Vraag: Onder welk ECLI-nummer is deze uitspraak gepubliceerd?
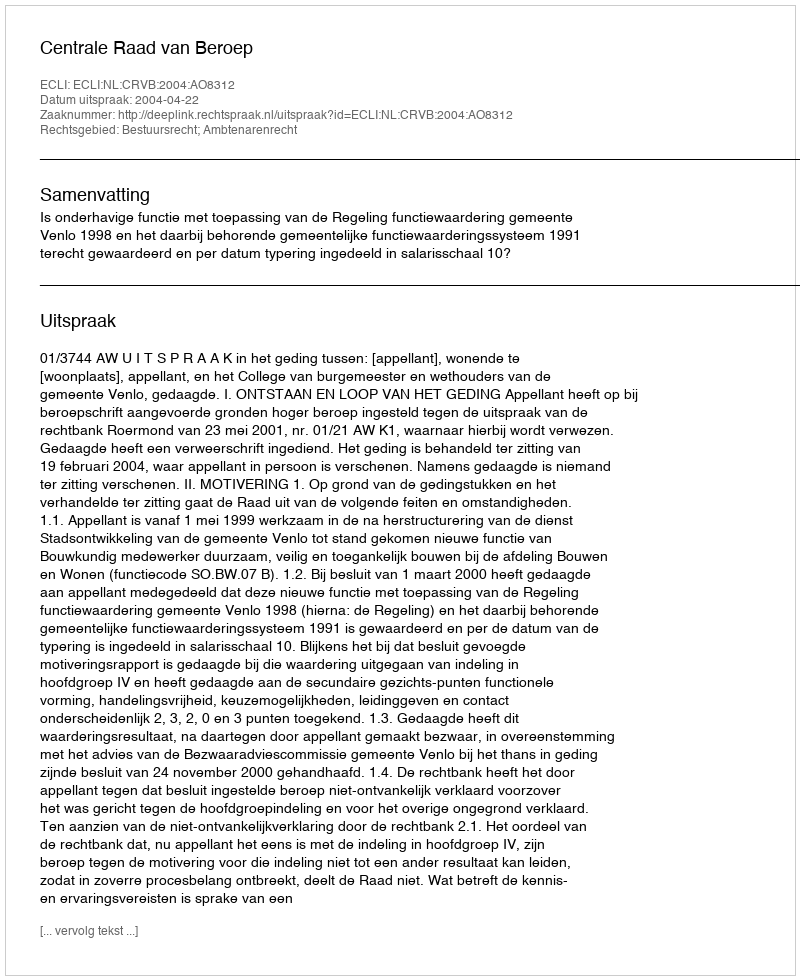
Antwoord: ECLI:NL:CRVB:2004:AO8312